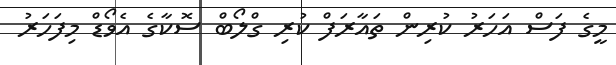
މީގެ ފަސް އަހަރު ކުރިން ތައާރަފް ކުރި ގްލޯބް ސޮކާގެ އެވޯޑް މިފަހަރު